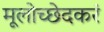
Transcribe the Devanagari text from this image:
मूलोच्छेदकरं